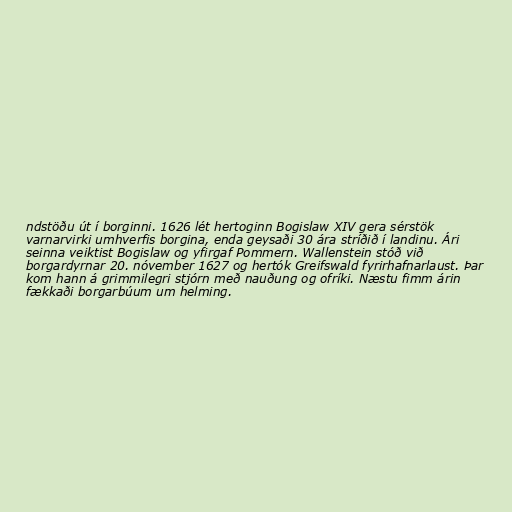
ndstöðu út í borginni. 1626 lét hertoginn Bogislaw XIV gera sérstök
varnarvirki umhverfis borgina, enda geysaði 30 ára stríðið í landinu. Ári
seinna veiktist Bogislaw og yfirgaf Pommern. Wallenstein stóð við
borgardyrnar 20. nóvember 1627 og hertók Greifswald fyrirhafnarlaust. Þar
kom hann á grimmilegri stjórn með nauðung og ofríki. Næstu fimm árin
fækkaði borgarbúum um helming.